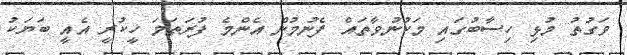
ވަގުތު މުޅި ހިސާބުގައި މަކުނުވާތައް ފެނުމުން އެންމެ ފުރަތަމަ ހީކުރީ އެއީ ބަޔަކު